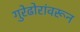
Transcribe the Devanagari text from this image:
गुरेढोरांवरून